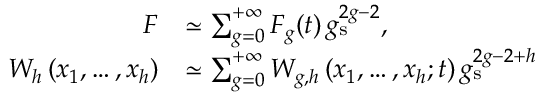
\begin{array} { r l } { F } & { \simeq \sum _ { g = 0 } ^ { + \infty } F _ { g } ( t ) \, g _ { \mathrm { s } } ^ { 2 g - 2 } , } \\ { W _ { h } \left( x _ { 1 } , \ldots , x _ { h } \right) } & { \simeq \sum _ { g = 0 } ^ { + \infty } W _ { g , h } \left( x _ { 1 } , \ldots , x _ { h } ; t \right) g _ { \mathrm { s } } ^ { 2 g - 2 + h } } \end{array}